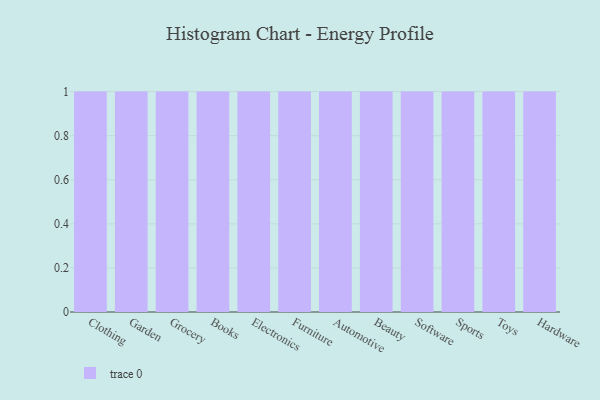
{"axis": {"x": "Category", "y": "Operating Costs (USD K)"}, "legend": [""], "data": [{"x": "Clothing", "y": 93, "type": ""}, {"x": "Garden", "y": 19, "type": ""}, {"x": "Grocery", "y": 96, "type": ""}, {"x": "Books", "y": 3, "type": ""}, {"x": "Electronics", "y": 52, "type": ""}, {"x": "Furniture", "y": 40, "type": ""}, {"x": "Automotive", "y": 37, "type": ""}, {"x": "Beauty", "y": 25, "type": ""}, {"x": "Software", "y": 43, "type": ""}, {"x": "Sports", "y": 81, "type": ""}, {"x": "Toys", "y": 12, "type": ""}, {"x": "Hardware", "y": 8, "type": ""}]}